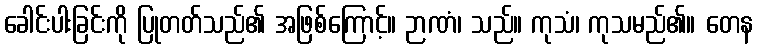
ခေါင်းပါးခြင်းကို ပြုတတ်သည်၏ အဖြစ်ကြောင့်။ ဉာဏံ၊ သည်။ ကုသံ၊ ကုသမည်၏။ တေန